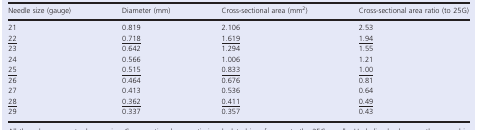
| Needle size (gauge) | Diameter (mm) | Cross-sectional area (mm2) | Cross-sectional area ratio (to 25G) |
 | --- | --- | --- | --- |
 | 21 | 0.819 | 2.106 | 2.53 |
 | 22 | 0.718 | 1.619 | 1.94 |
 | 23 | 0.642 | 1.294 | 1.55 |
 | 24 | 0.566 | 1.006 | 1.21 |
 | 25 | 0.515 | 0.833 | 1.00 |
 | 26 | 0.464 | 0.676 | 0.81 |
 | 27 | 0.413 | 0.536 | 0.64 |
 | 28 | 0.362 | 0.411 | 0.49 |
 | 29 | 0.337 | 0.357 | 0.43 |